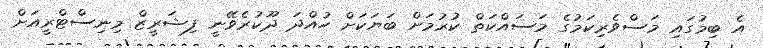
އެ ބިމުގައި މަސްވެރިކަމުގެ މަސައްކަތް ކުރުމަށް ބަޔަކަށް ހުއްދަ ދޫކުރެވޭނީ ފިޝަރީޒް މިނިސްޓްރީއަށް